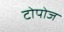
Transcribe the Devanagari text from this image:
टोपोज